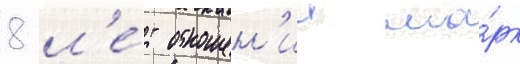
8 л'е́т отношен'ии ма́рк